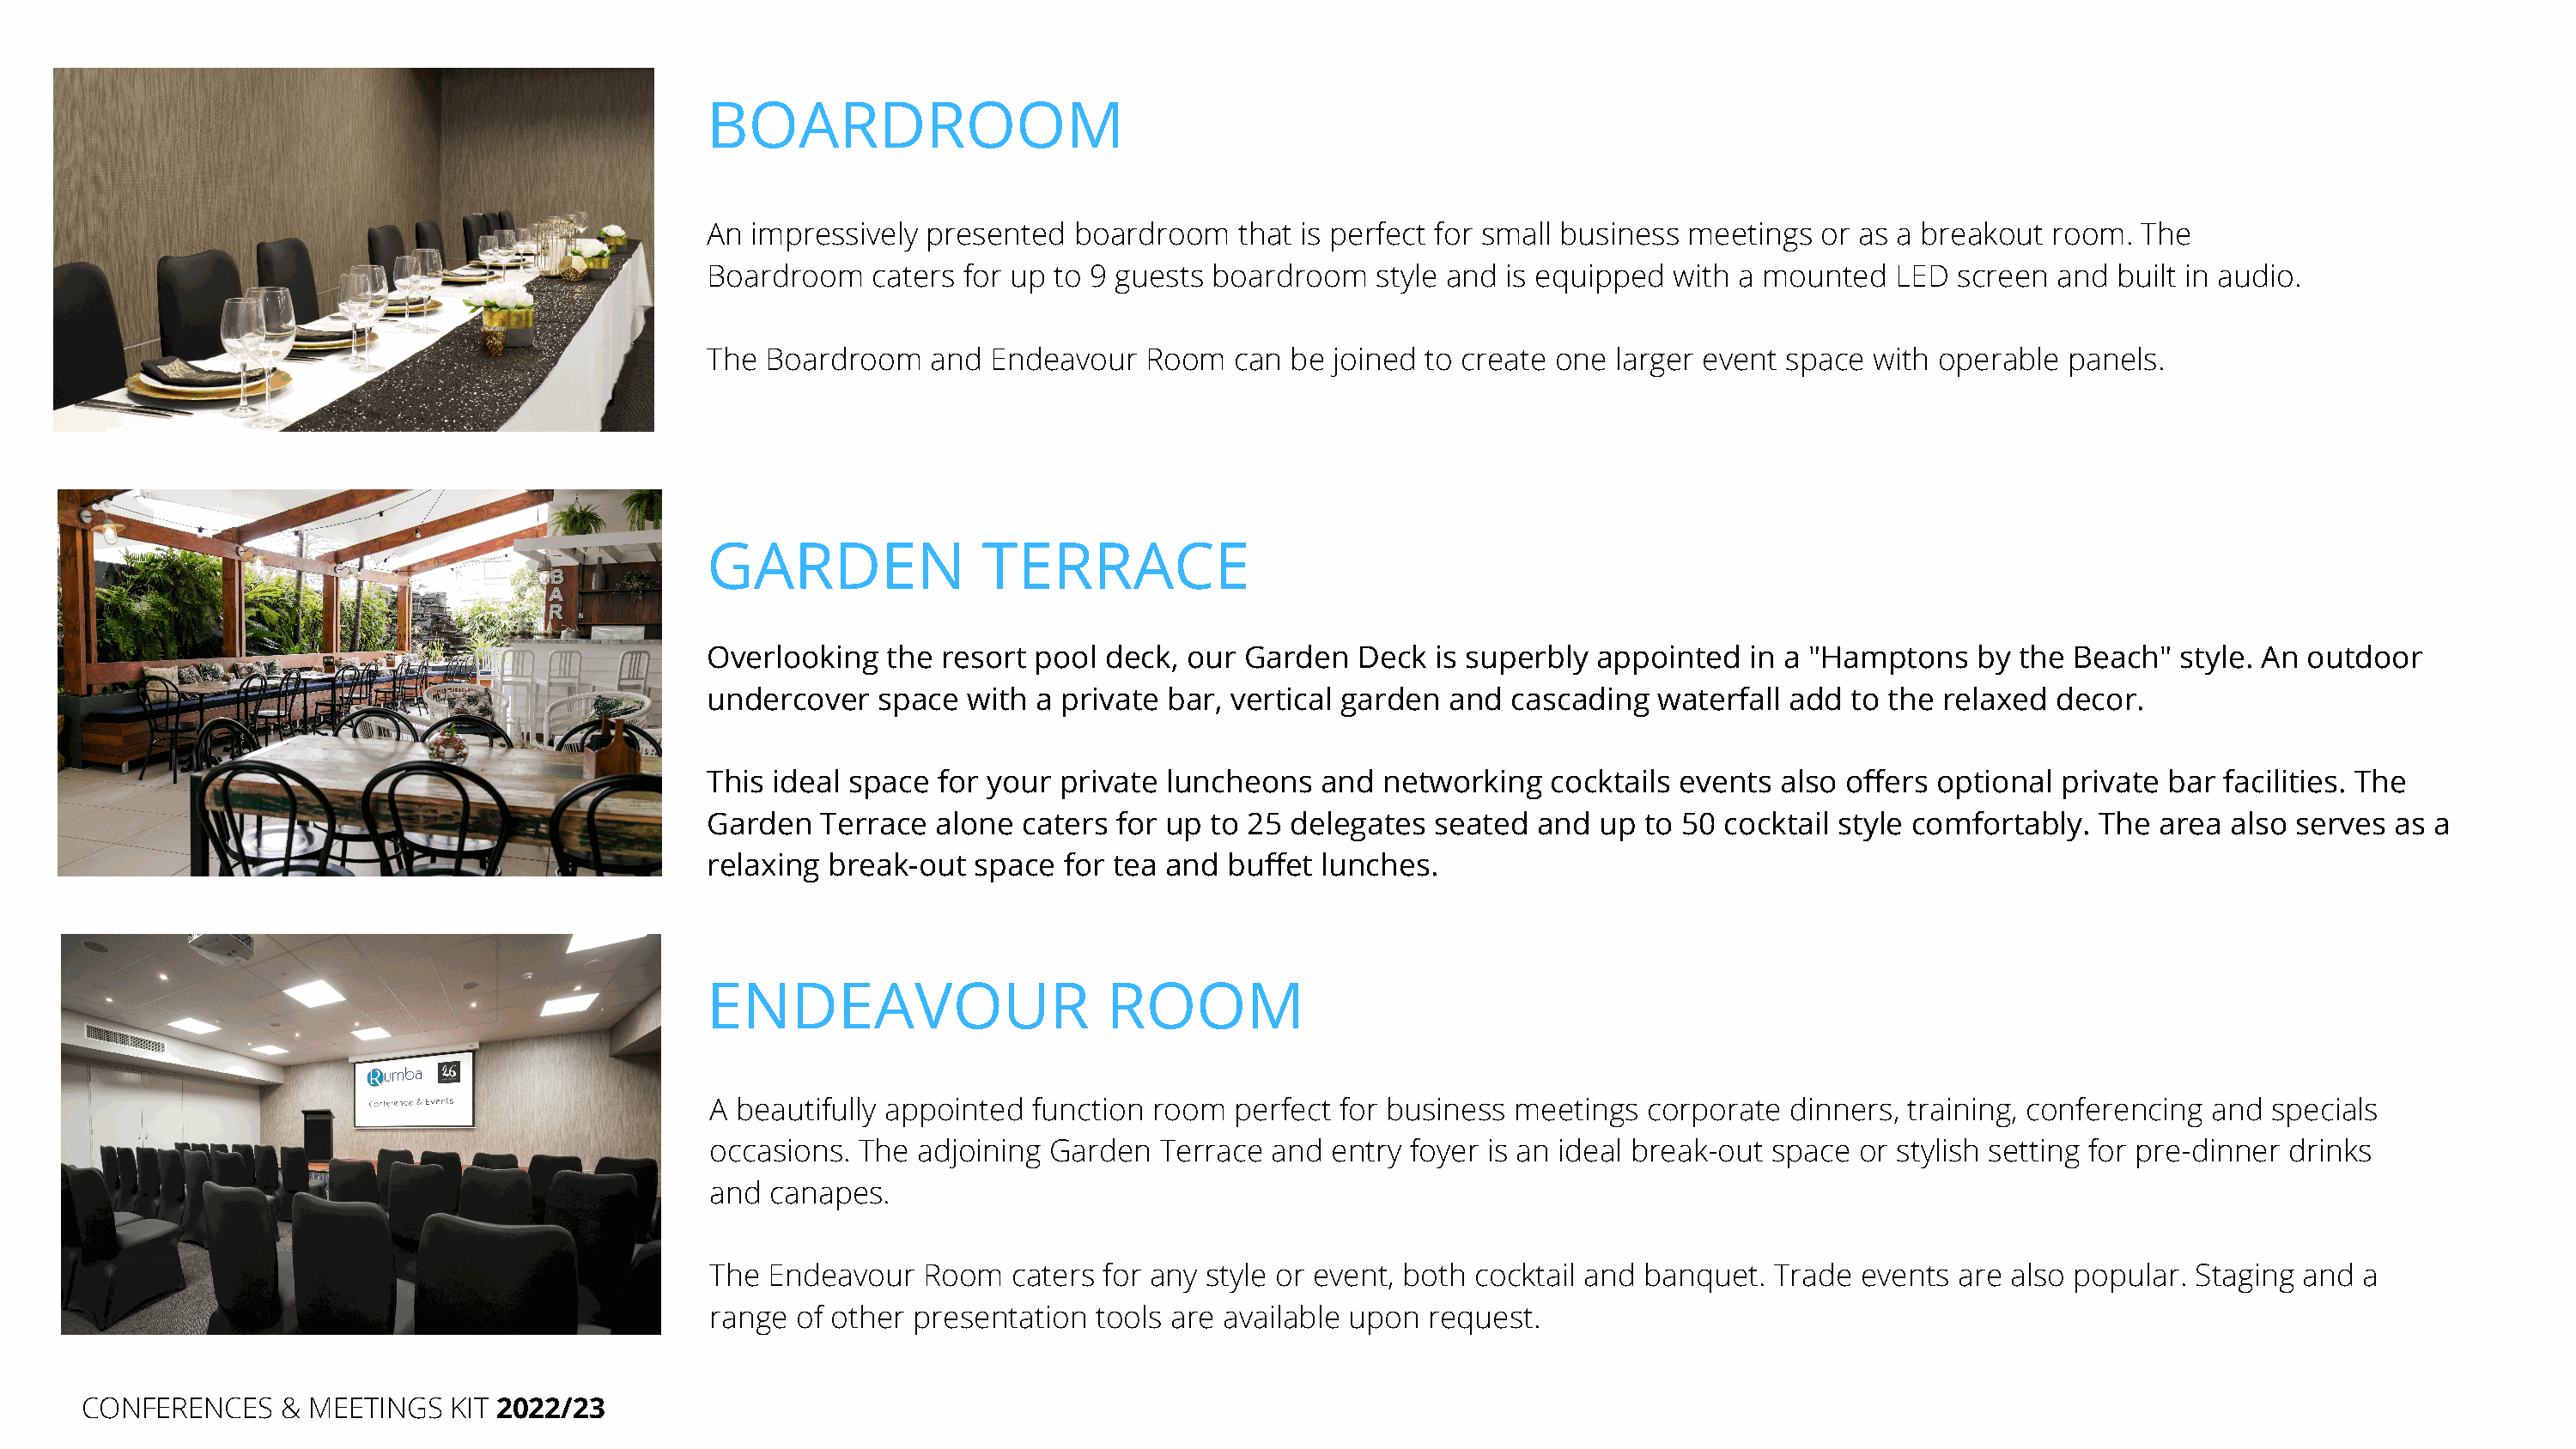
BOARDROOM
 An  impressively presented   boardroom   that is perfect for small business meetings  or as a breakout  room.  The
 Boardroom    caters for up to 9 guests boardroom    style and is equipped  with a mounted   LED  screen  and built in audio.
 The  Boardroom    and Endeavour   Room   can be  joined to create one  larger event space with operable  panels.
 GARDEN                TERRACE
 Overlooking   the  resort pool deck, our  Garden   Deck  is superbly appointed   in a "Hamptons   by  the Beach"  style. An outdoor
 undercover    space  with a private bar, vertical garden  and cascading   waterfall add  to the relaxed decor.
 This  ideal space for your  private luncheons   and  networking   cocktails events also offers optional  private bar facilities. The
 Garden   Terrace  alone  caters for up to 25 delegates   seated and  up  to 50 cocktail style comfortably.  The area  also serves  as a
 relaxing  break-out  space  for tea and  buffet lunches.
 ENDEAVOUR                      ROOM
 A beautifully appointed  function room  perfect for business  meetings  corporate  dinners, training, conferencing and  specials
 occasions. The  adjoining Garden  Terrace  and  entry foyer is an ideal break-out space or stylish setting for pre-dinner drinks
 and canapes.
 The Endeavour   Room   caters for any style or event, both cocktail and banquet.  Trade events  are also popular. Staging  and a
 range of other presentation  tools are available upon  request.
 CONFERENCES     & MEETINGS   KIT 2022/23